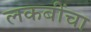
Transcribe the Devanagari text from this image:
लकबींचा